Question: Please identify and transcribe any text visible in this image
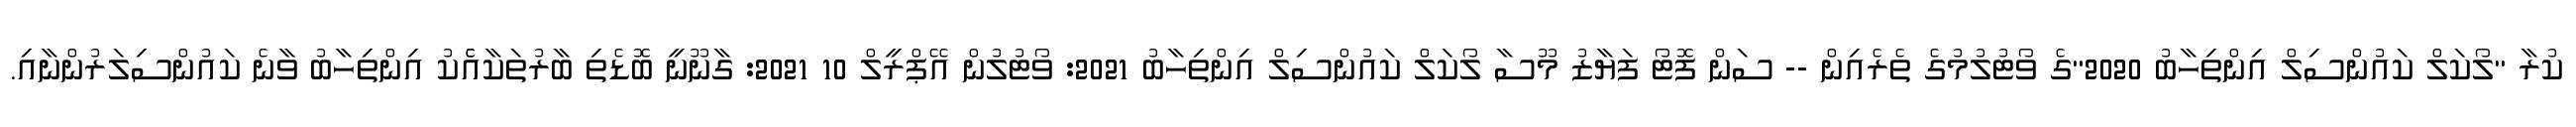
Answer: ކުރާ "ލޯކަލް ކައުންސިލް އިންތިހާބު 2020"ގެ ވޯޓުލުމުގެ ތެރެއިން -- ސަން ފޮޓޯ ފަޔާޒު މޫސާ ލޯކަލް ކައުންސިލް އިންތިހާބު 2021: ވޯޓުލުން އޭޕްރީލް 10 2021: ގާނޫނީ ބޮޑެތި ބާރުތަކާއެެކު އިންތިހާބު ވާނެ ކައުންސިލަރުންނާއި.